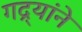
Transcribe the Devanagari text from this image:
गद्र्‍यांने